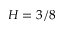
H = 3 / 8